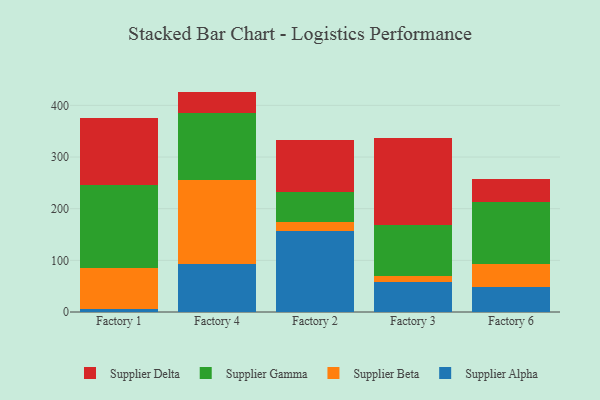
{"axis": {"x": "Factory", "y": "Inventory Turnover"}, "legend": ["Supplier Alpha", "Supplier Beta", "Supplier Delta", "Supplier Gamma"], "data": [{"x": "Factory 1", "y": 6.7, "type": "Supplier Alpha"}, {"x": "Factory 1", "y": 77.8, "type": "Supplier Beta"}, {"x": "Factory 1", "y": 160.6, "type": "Supplier Gamma"}, {"x": "Factory 1", "y": 130.6, "type": "Supplier Delta"}, {"x": "Factory 4", "y": 92.5, "type": "Supplier Alpha"}, {"x": "Factory 4", "y": 163.1, "type": "Supplier Beta"}, {"x": "Factory 4", "y": 130.4, "type": "Supplier Gamma"}, {"x": "Factory 4", "y": 40.7, "type": "Supplier Delta"}, {"x": "Factory 2", "y": 156.1, "type": "Supplier Alpha"}, {"x": "Factory 2", "y": 18.9, "type": "Supplier Beta"}, {"x": "Factory 2", "y": 58.3, "type": "Supplier Gamma"}, {"x": "Factory 2", "y": 99.9, "type": "Supplier Delta"}, {"x": "Factory 3", "y": 57.8, "type": "Supplier Alpha"}, {"x": "Factory 3", "y": 11.0, "type": "Supplier Beta"}, {"x": "Factory 3", "y": 99.0, "type": "Supplier Gamma"}, {"x": "Factory 3", "y": 169.4, "type": "Supplier Delta"}, {"x": "Factory 6", "y": 48.9, "type": "Supplier Alpha"}, {"x": "Factory 6", "y": 43.1, "type": "Supplier Beta"}, {"x": "Factory 6", "y": 121.9, "type": "Supplier Gamma"}, {"x": "Factory 6", "y": 43.7, "type": "Supplier Delta"}]}